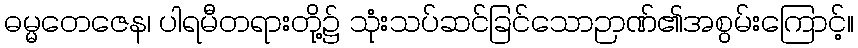
ဓမ္မတေဇေန၊ ပါရမီတရားတို့၌ သုံးသပ်ဆင်ခြင်သောဉာဏ်၏အစွမ်းကြောင့်။